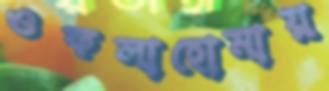
ওকলাহোমায়